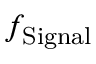
f _ { \mathrm { S i g n a l } }